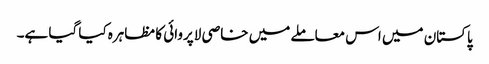
پاکستان میں اس معاملے میں خاصی لاپروائی کا مظاہرہ کیا گیا ہے۔